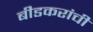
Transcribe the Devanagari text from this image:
बीडकरांची